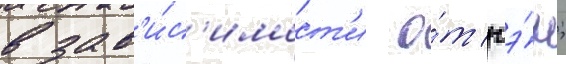
в зав'и́с'имост'и о́т гэ́н;